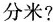
分米?